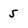
Character: 5